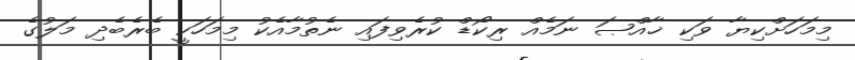
މިމަހަށްކިޔާ ވަކި ޚާއްޞަ ނަމެއް ރިކޯޑް ކުރެވިފައި ނެތުމާއެކު މިމަހަކީ ބެރެބެދި މަލުގެ